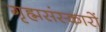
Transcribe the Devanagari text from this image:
गृह्मसंस्कारों